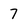
Character: 7